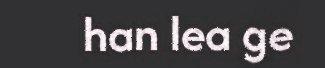
han lea ge